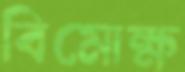
বিমোক্ষ